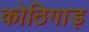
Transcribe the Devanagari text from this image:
कोठिगाड़